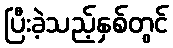
ပြီးခဲ့သည့်နှစ်တွင်